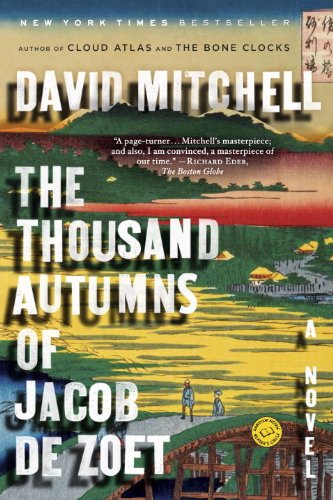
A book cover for The Thousand Autumns of Jacob de Zoet: A Novel; David Mitchell; Literature & Fiction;